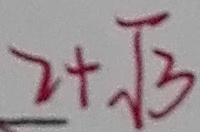
2 + \sqrt { 3 }